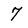
Character: 7